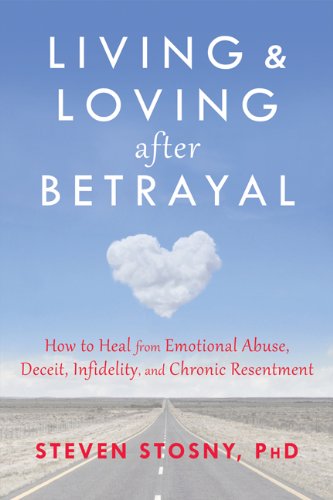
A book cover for Living and Loving after Betrayal: How to Heal from Emotional Abuse, Deceit, Infidelity, and Chronic Resentment; Steven Stosny PhD; Parenting & Relationships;